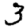
Digit: 3